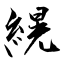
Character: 縨